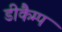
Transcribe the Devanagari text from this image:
डीकैम्प